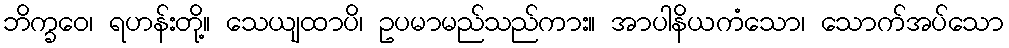
ဘိက္ခဝေ၊ ရဟန်းတို့။ သေယျထာပိ၊ ဥပမာမည်သည်ကား။ အာပါနိယကံသော၊ သောက်အပ်သော